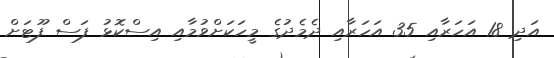
އަދި 18 އަހަރާއި 35 އަހަރާއި ދެމެދުގެ މީހަކަށްވުމާއި އިސްކޮޅު ފަސް ފޫޓަށް